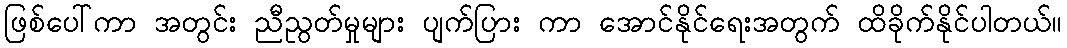
ဖြစ်ပေါ်ကာ အတွင်း ညီညွတ်မှုများ ပျက်ပြား ကာ အောင်နိုင်ရေးအတွက် ထိခိုက်နိုင်ပါတယ်။